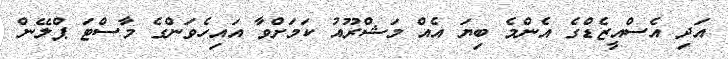
އަދި އެސްއީޒެޑްގެ އެންމެ ބިޔަ އެއް މަޝްރޫއު ކަމަށްވާ އައިހެވަންގެ މާސްޓަ ޕްލޭން